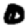
Digit: 0